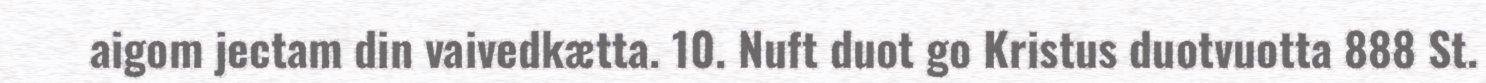
aigom jectam din vaivedkætta. 10. Nuft duot go Kristus duotvuotta 888 St.